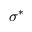
\sigma ^ { * }